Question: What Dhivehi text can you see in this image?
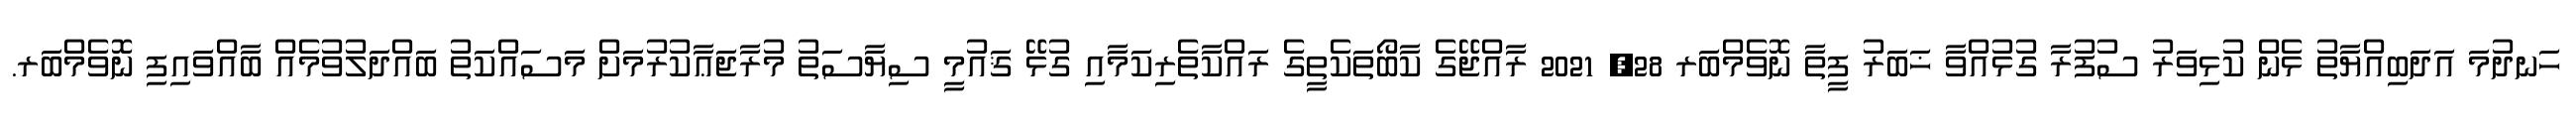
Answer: ހަނދުމަ އަދަބިއްޔާތު ޅެން ކުޅިވަރު ސުފުރާ ގުޅުއްވާ ޚަބަރު ފީތާ ނޮވެމްބަރ 28, 2021 ރާއްޖޭގެ ކާބޯތަކެތީގެ ރައްކާތެރިކަމާއި ގުޅޭ ޤައުމީ ސިޔާސަތު މުރާޖަޢާކުރުމަށް މަސައްކަތު ބައްދަލުވުމެއް ބާއްވައިފި ނޮވެމްބަރ.